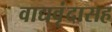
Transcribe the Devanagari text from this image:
वाद्यवृंदासह